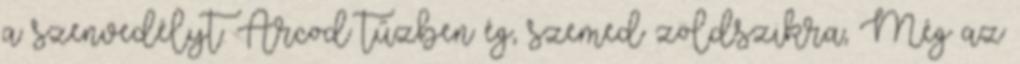
a szenvedélyt. Arcod tűzben ég, szemed zöldszikra, Még az